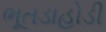
ભૂતડાહોડી